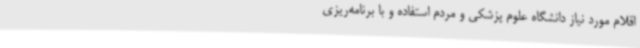
اقلام مورد نیاز دانشگاه علوم پزشکی و مردم استفاده و با برنامه‌ریزی